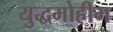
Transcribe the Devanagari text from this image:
युद्धमोहीम